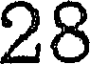
28